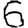
Digit: 6